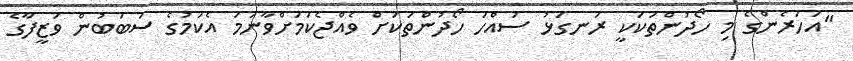
"އަހަރެންގެ މި ހޯދުންތަކަކީ ރަނގަޅު ސައްހަ ހޯދުންތަކަށް ވެއްޖެކަމަށްވާނަމަ އެކަމުގެ ސަބަބުން ވަޒީފާގެ